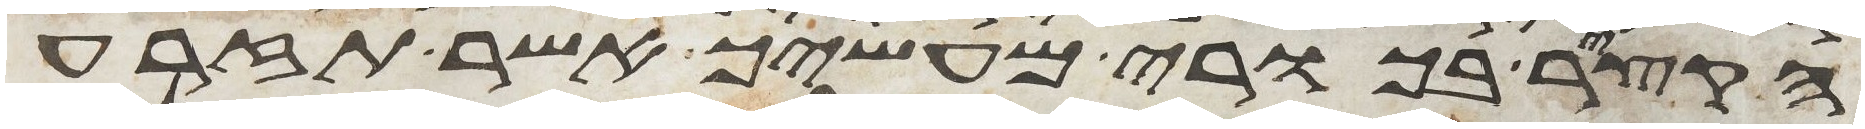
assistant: הקציר בכורי מעשיך אשר תזרע